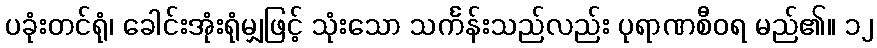
ပခုံးတင်ရုံ၊ ခေါင်းအုံးရုံမျှဖြင့် သုံးသော သင်္ကန်းသည်လည်း ပုရာဏစီဝရ မည်၏။ ၁၂